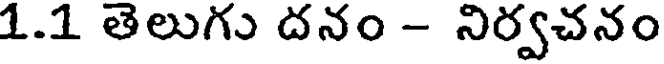
1.1 తెలుగు దనం - నిర్వచనం